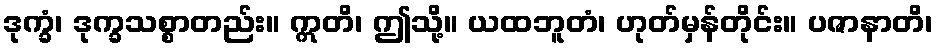
ဒုက္ခံ၊ ဒုက္ခသစ္စာတည်း။ ဣတိ၊ ဤသို့။ ယထဘူတံ၊ ဟုတ်မှန်တိုင်း။ ပဇာနာတိ၊